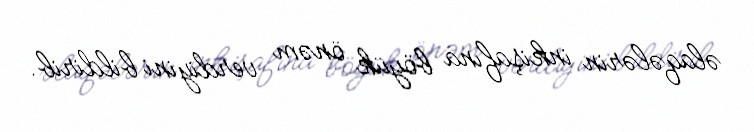
əlaqələrin inkişafına böyük önəm verdiyini bildirib.